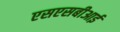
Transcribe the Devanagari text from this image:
एसएसबीआई